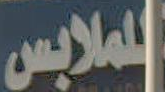
للملابس